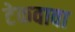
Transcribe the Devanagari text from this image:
टेकवावा